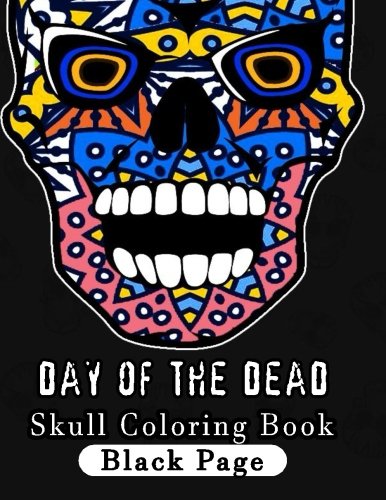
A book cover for Day of the Dead Skull Coloring Book Black Page: Coloring Books For Adults, sugar skull coloring book : Stress Relieving (Volume 15); sugar skull coloring book; Arts & Photography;